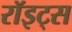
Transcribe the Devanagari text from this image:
रॉइट्स